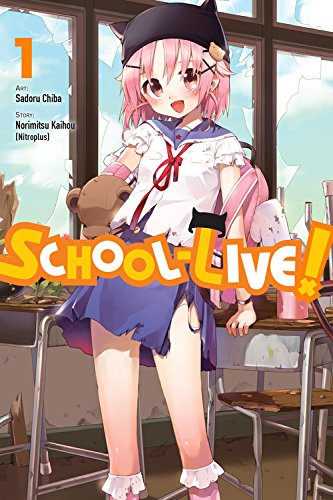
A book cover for School-Live!, Vol. 1; Norimitsu Kaihou (Nitroplus); Comics & Graphic Novels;